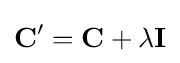
\mathbf {C} '=\mathbf {C} +\lambda \mathbf {I}